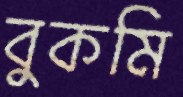
বুকমি